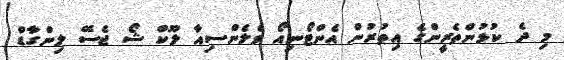
މި ދެ ކުޅުންތެރީންގެ އިތުރުން އެންޓޯނިއޯ ވެލެންސިއާ ލޫކް ޝޯ ޖެސޭ ލިންގާޑް